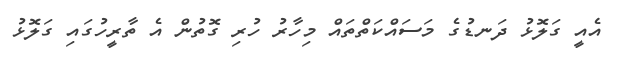
އެއީ ގަލޮޅު ދަނޑުގެ މަސައްކަތްތައް މިހާރު ހުރި ގޮތުން އެ ތާރީހުގައި ގަލޮޅު